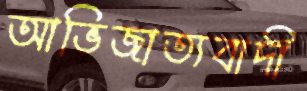
আভিজাত্যবাদী